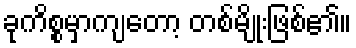
ခုကိစ္စမှာကျတော့ တစ်မျိုးဖြစ်၏။